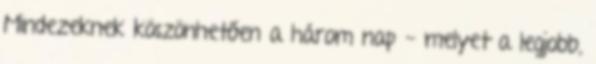
Mindezeknek köszönhetően a három nap - melyet a legjobb,